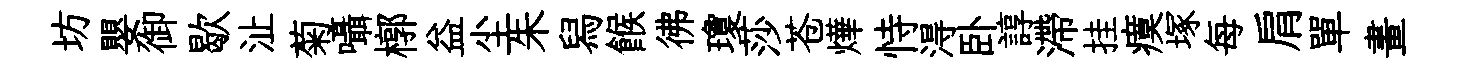
坊嬰御歇沚菊囁槨益尘朱舄餱彿瓊莎苍燁恃淂卧諄滯挂瘼塚每肩單畫